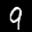
Label: 9